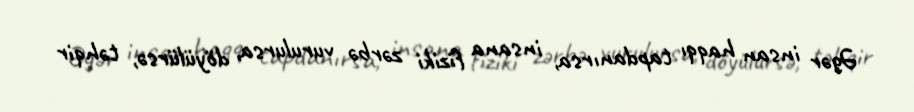
Əgər insan haqqı tapdanırsa, insana fiziki zərbə vurulursa, döyülürsə, təhqir